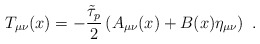
\begin{align*} T_{\mu\nu}(x)=-\frac{\tilde\tau_p}{2}\left(A_{\mu\nu}(x)+B(x)\eta_{\mu\nu}\right) \ .\end{align*}